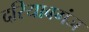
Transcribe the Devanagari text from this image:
दरियाबगंज